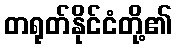
တရုတ်နိုင်ငံတို့၏